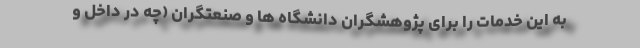
به این خدمات را برای پژوهشگران دانشگاه ها و صنعتگران (چه در داخل و